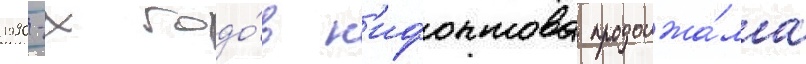
1990-х годо́в н'ифонтова продолжа́ла